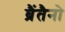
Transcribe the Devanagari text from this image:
ब्रैंतैनो